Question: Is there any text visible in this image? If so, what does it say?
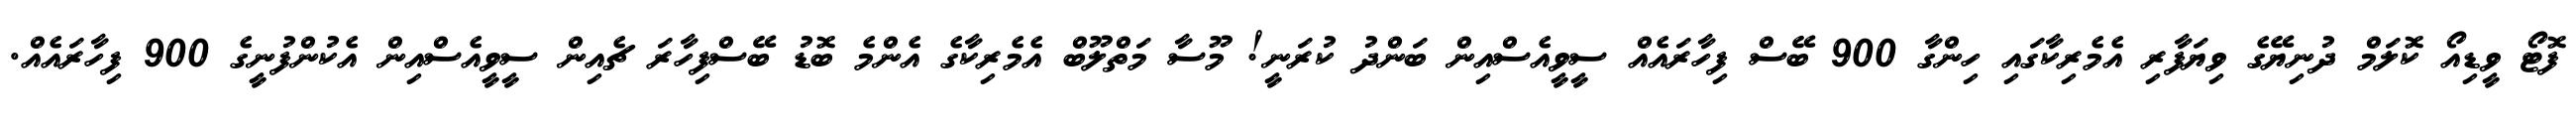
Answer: ފޮޓޯ ވީޑިއޯ ކޮލަމް ދުނިޔޭގެ ވިޔަފާރި އެމެރިކާގައި ހިންގާ 900 ބޭސް ފިހާރައެއް ސީވީއެސްއިން ބަންދު ކުރަނީ! މޫސާ މަތްލޫބް އެމެރިކާގެ އެންމެ ބޮޑު ބޭސްފިހާރަ ޗެއިން ސީވީއެސްއިން އެކުންފުނީގެ 900 ފިހާރައެއް.